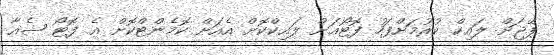
ޕޭޖަށް ލައިކް ކުރުމަށްފަހު ފޮޓޯއަށް ލައިކްކޮށް އެއަށް ކޮމެންޓްކޮށް އެ ފޮޓޯ ޝެއާ